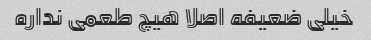
خیلی ضعیفه اصلا هیچ طعمی نداره